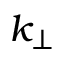
k _ { \perp }